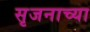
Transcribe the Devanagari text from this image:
सृजनाच्या